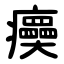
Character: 㿙